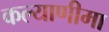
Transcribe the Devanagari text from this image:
कल्‍याणीमा